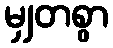
မျှတစွာ